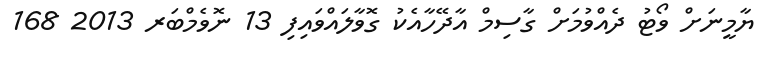
ޔާމީނަށް ވޯޓު ދެއްވުމަށް ގާސިމް އާދޭހާއެކު ގޮވާލައްވައިފި 13 ނޮވެމްބަރ 2013 168